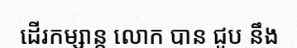
ដើរកម្សាន្ត លោក បាន ជួប នឹង